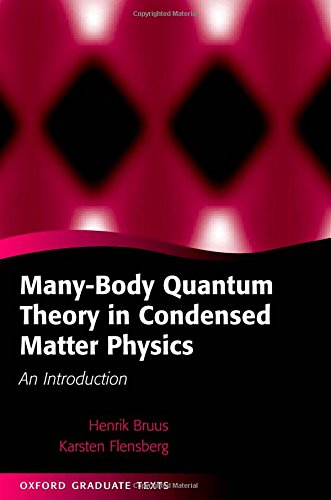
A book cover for Many-Body Quantum Theory in Condensed Matter Physics: An Introduction (Oxford Graduate Texts); Henrik Bruus; Science & Math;